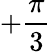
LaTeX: +\frac{\pi}{3}